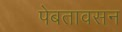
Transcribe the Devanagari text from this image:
पेबतावसन